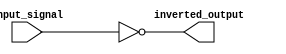
module inverter(
  input wire input_signal,
  output wire inverted_output
);

assign inverted_output = ~input_signal;

endmodule